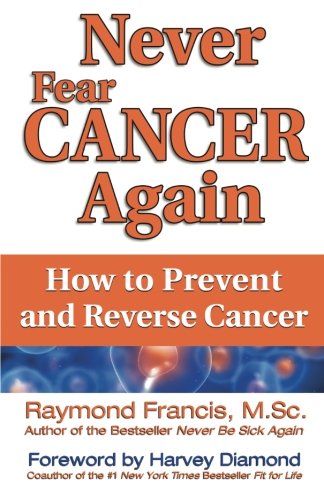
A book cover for Never Fear Cancer Again: How to Prevent and Reverse Cancer (Never Be); Raymond Francis  M.Sc.; Health, Fitness & Dieting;